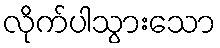
လိုက်ပါသွားသော